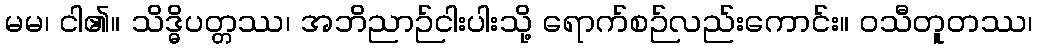
မမ၊ ငါ၏။ သိဒ္ဓိပတ္တဿ၊ အဘိညာဉ်ငါးပါးသို့ ရောက်စဉ်လည်းကောင်း။ ဝသီတူတဿ၊